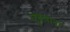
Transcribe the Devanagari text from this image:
युबयाना